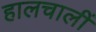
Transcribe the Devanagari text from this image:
हालचालीं